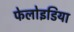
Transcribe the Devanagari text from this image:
फेलोइडिया